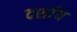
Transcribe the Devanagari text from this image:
दर्शाय